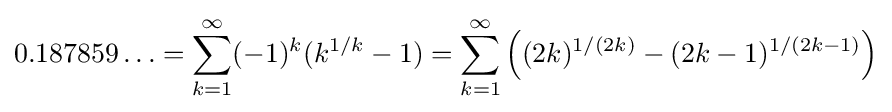
0.187859\ldots =\sum _{k=1}^{\infty }(-1)^{k}(k^{1/k}-1)=\sum _{k=1}^{\infty }\left((2k)^{1/(2k)}-(2k-1)^{1/(2k-1)}\right)